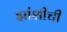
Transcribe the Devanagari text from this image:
झांशीची